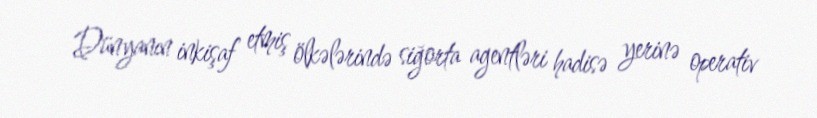
Dünyanın inkişaf etmiş ölkələrində siğorta agentləri hadisə yerinə operativ